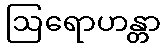
ဩရောဟန္တာ